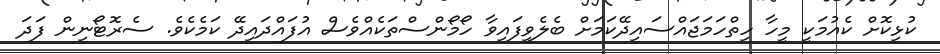
ކުޅިކޮށް ކެއުމަކީ މީހާ ހިތްހަމަޖައްސައިދޭކަމަށް ބެލެވިފައިވާ ހޯމޯންސްތަކެއްވެސް އުފައްދައިދޭ ކަމެކެވެ. ސެރޮޓޯނިން ފަދަ